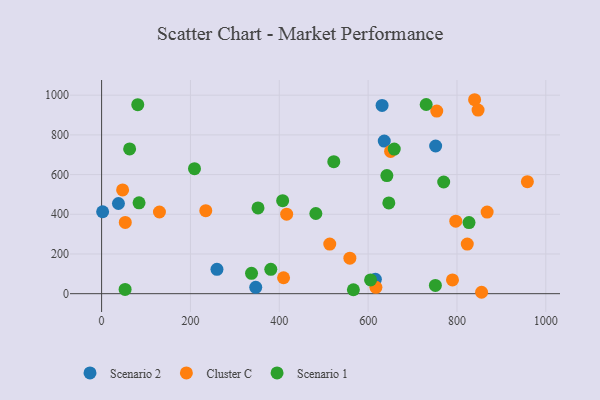
{"axis": {"x": "Study Hours", "y": "Yield"}, "legend": ["Cluster C", "Scenario 1", "Scenario 2"], "data": [{"x": "636.3", "y": 768.7, "type": "Scenario 2"}, {"x": "259.7", "y": 122.5, "type": "Scenario 2"}, {"x": "631.4", "y": 948.7, "type": "Scenario 2"}, {"x": "347.0", "y": 31.9, "type": "Scenario 2"}, {"x": "752.0", "y": 744.1, "type": "Scenario 2"}, {"x": "616.3", "y": 72.3, "type": "Scenario 2"}, {"x": "37.9", "y": 454.4, "type": "Scenario 2"}, {"x": "2.3", "y": 412.7, "type": "Scenario 2"}, {"x": "558.9", "y": 178.8, "type": "Cluster C"}, {"x": "789.9", "y": 69.5, "type": "Cluster C"}, {"x": "47.3", "y": 522.7, "type": "Cluster C"}, {"x": "855.4", "y": 7.1, "type": "Cluster C"}, {"x": "650.6", "y": 716.7, "type": "Cluster C"}, {"x": "617.5", "y": 32.1, "type": "Cluster C"}, {"x": "513.6", "y": 249.7, "type": "Cluster C"}, {"x": "53.3", "y": 359.2, "type": "Cluster C"}, {"x": "823.2", "y": 249.8, "type": "Cluster C"}, {"x": "839.7", "y": 977.2, "type": "Cluster C"}, {"x": "867.9", "y": 411.2, "type": "Cluster C"}, {"x": "754.5", "y": 919.8, "type": "Cluster C"}, {"x": "416.6", "y": 400.4, "type": "Cluster C"}, {"x": "409.6", "y": 80.2, "type": "Cluster C"}, {"x": "130.2", "y": 411.5, "type": "Cluster C"}, {"x": "797.3", "y": 365.4, "type": "Cluster C"}, {"x": "847.5", "y": 924.9, "type": "Cluster C"}, {"x": "234.5", "y": 418.3, "type": "Cluster C"}, {"x": "958.5", "y": 564.2, "type": "Cluster C"}, {"x": "81.4", "y": 952.2, "type": "Scenario 1"}, {"x": "566.8", "y": 19.7, "type": "Scenario 1"}, {"x": "605.5", "y": 69.4, "type": "Scenario 1"}, {"x": "482.3", "y": 404.0, "type": "Scenario 1"}, {"x": "84.3", "y": 457.8, "type": "Scenario 1"}, {"x": "380.9", "y": 122.7, "type": "Scenario 1"}, {"x": "770.1", "y": 562.6, "type": "Scenario 1"}, {"x": "751.4", "y": 41.5, "type": "Scenario 1"}, {"x": "730.7", "y": 953.2, "type": "Scenario 1"}, {"x": "209.1", "y": 630.0, "type": "Scenario 1"}, {"x": "52.9", "y": 21.6, "type": "Scenario 1"}, {"x": "522.7", "y": 665.0, "type": "Scenario 1"}, {"x": "658.8", "y": 728.5, "type": "Scenario 1"}, {"x": "63.1", "y": 729.5, "type": "Scenario 1"}, {"x": "337.5", "y": 102.4, "type": "Scenario 1"}, {"x": "352.1", "y": 432.3, "type": "Scenario 1"}, {"x": "646.6", "y": 457.1, "type": "Scenario 1"}, {"x": "407.6", "y": 468.6, "type": "Scenario 1"}, {"x": "827.1", "y": 358.4, "type": "Scenario 1"}, {"x": "642.2", "y": 595.3, "type": "Scenario 1"}]}